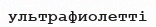
ультрафиолетті